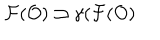
{ \cal F } ( { \cal O } ) \supset \gamma ( { \cal F } ( { \cal O } )